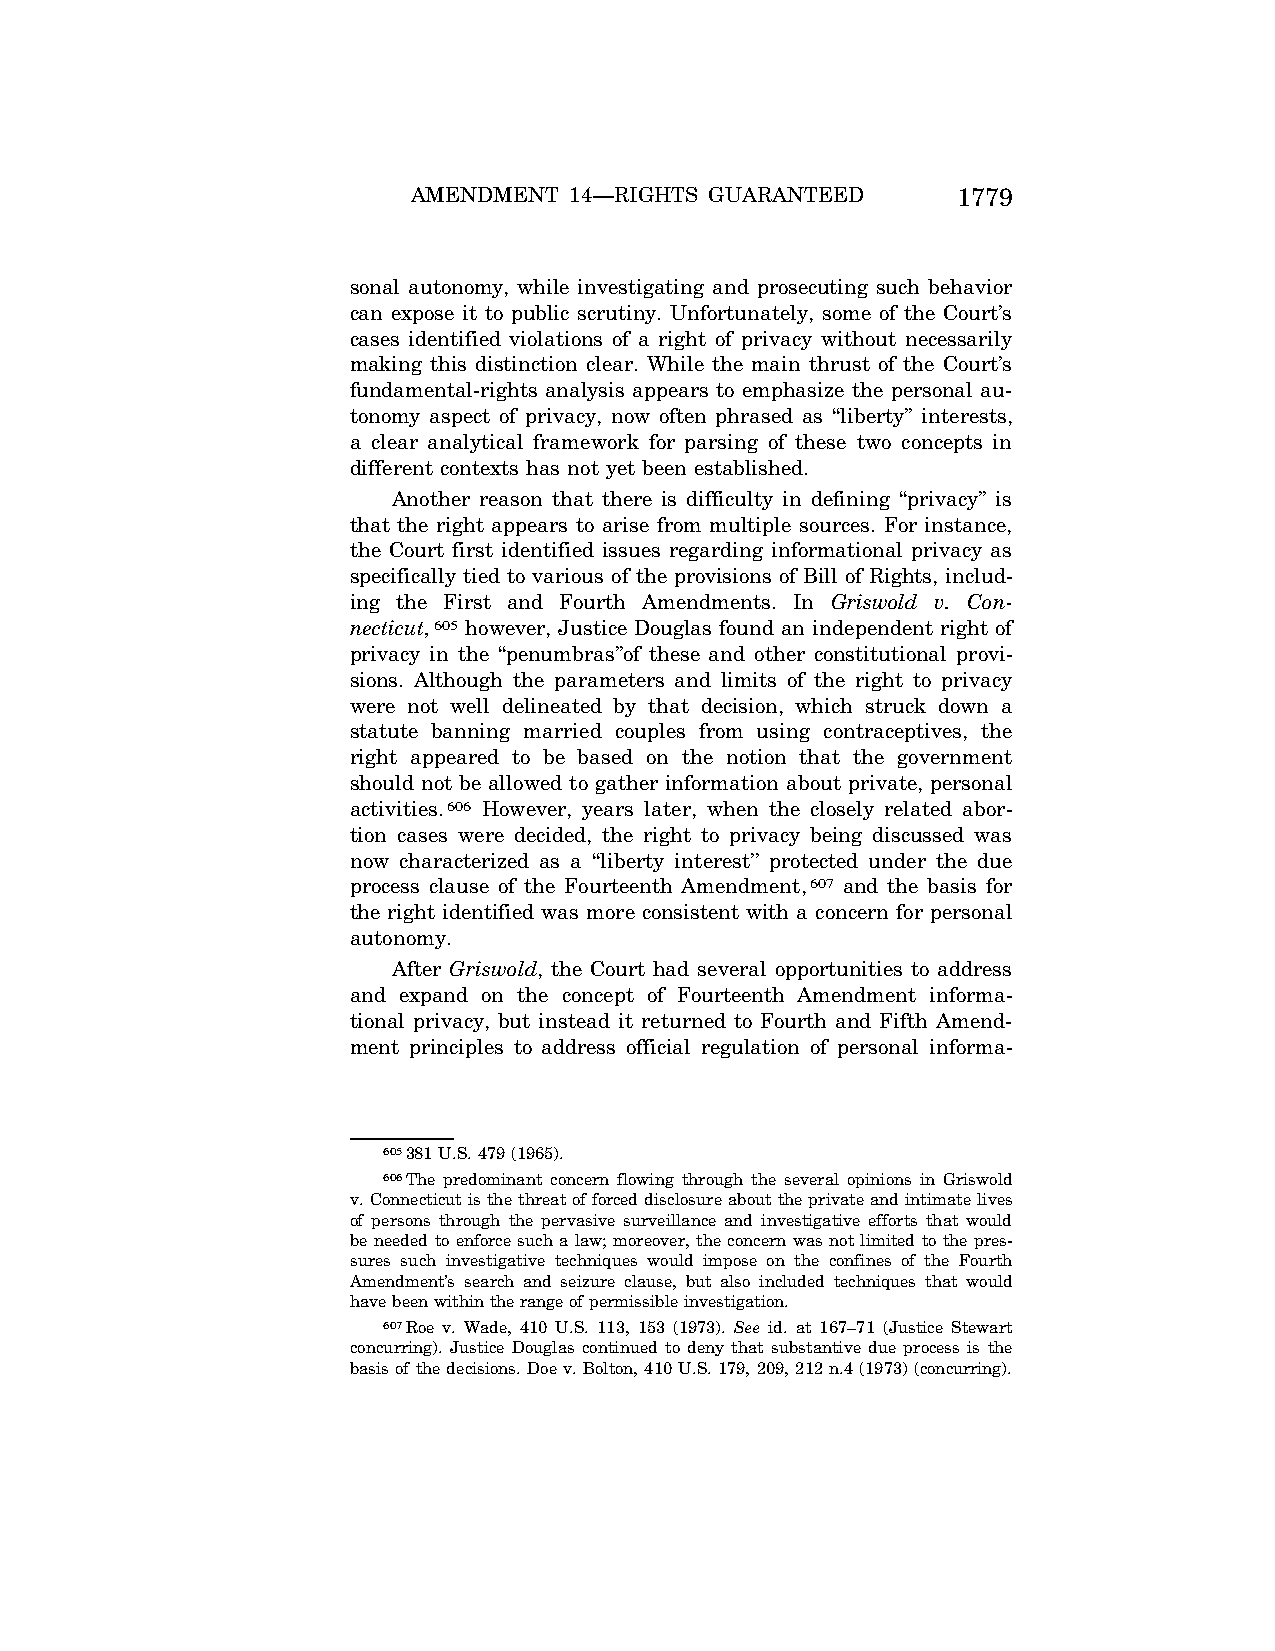
AMENDMENT  14—RIGHTS GUARANTEED     1779
 sonal autonomy, while investigating and prosecuting such behavior
 can expose it to public scrutiny. Unfortunately, some of the Court’s
 cases identified violations of a right of privacy without necessarily
 making this distinction clear. While the main thrust of the Court’s
 fundamental-rights analysis appears to emphasize the personal au-
 tonomy aspect of privacy, now often phrased as ‘‘liberty’’ interests,
 a clear analytical framework for parsing of these two concepts in
 different contexts has not yet been established.
 Another reason that there is difficulty in defining ‘‘privacy’’ is
 that the right appears to arise from multiple sources. For instance,
 the Court first identified issues regarding informational privacy as
 specifically tied to various of the provisions of Bill of Rights, includ-
 ing the First and Fourth Amendments. In Griswold v. Con-
 necticut,605 however, Justice Douglas found an independent right of
 privacy in the ‘‘penumbras’’of these and other constitutional provi-
 sions. Although the parameters and limits of the right to privacy
 were not well delineated by that decision, which struck down a
 statute banning married couples from using contraceptives, the
 right appeared to be based on the notion that the government
 should not be allowed to gather information about private, personal
 activities.606 However, years later, when the closely related abor-
 tion cases were decided, the right to privacy being discussed was
 now characterized as a ‘‘liberty interest’’ protected under the due
 process clause of the Fourteenth Amendment,607 and the basis for
 the right identified was more consistent with a concern for personal
 autonomy.
 After Griswold, the Court had several opportunities to address
 and expand on the concept of Fourteenth Amendment informa-
 tional privacy, but instead it returned to Fourth and Fifth Amend-
 ment principles to address official regulation of personal informa-
 605381 U.S. 479 (1965).
 606The predominant concern flowing through the several opinions in Griswold
 v. Connecticut is the threat of forced disclosure about the private and intimate lives
 of persons through the pervasive surveillance and investigative efforts that would
 be needed to enforce such a law; moreover, the concern was not limited to the pres-
 sures such investigative techniques would impose on the confines of the Fourth
 Amendment’s search and seizure clause, but also included techniques that would
 have been within the range of permissible investigation.
 607Roe v. Wade, 410 U.S. 113, 153 (1973). See id. at 167–71 (Justice Stewart
 concurring). Justice Douglas continued to deny that substantive due process is the
 basis of the decisions. Doe v. Bolton, 410 U.S. 179, 209, 212 n.4 (1973) (concurring).
 VerDate Jul<13>2004 05:44 Jul 13, 2004 Jkt 000000 PO 00000 Frm 00109 Fmt 8222 Sfmt 8222 \\GSDDPC41\YOURS-AND-MINE\CON046.SGM CON046